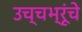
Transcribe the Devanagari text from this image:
उच्चभ्रूंचे